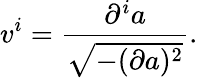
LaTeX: v^{i}=\frac{\partial^{i}a}{\sqrt{-(\partial a)^{2}}}.